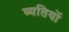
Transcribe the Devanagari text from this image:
व्यतियों